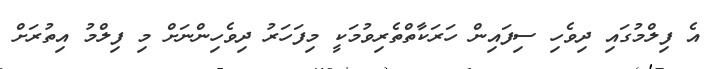
އެ ފިލްމުގައި ދިވެހި ސިފައިން ހަރަކާތްތެރިވުމަކީ މިފަހަރު ދިވެހިންނަށް މި ފިލްމު އިތުރަށް